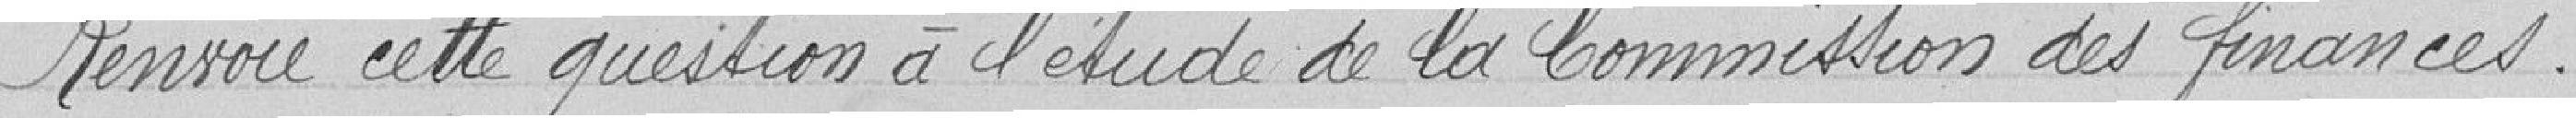
Renvoie cette question à l'étude de la Commission des finances.